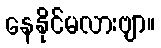
နေနိုင်မလားဗျာ။